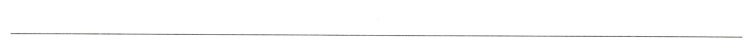
___